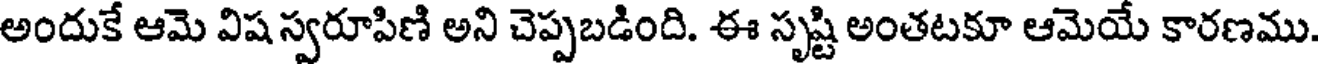
అందుకే ఆమె విష స్వరూపిణి అని చెప్పబడింది. ఈ సృష్టి అంతటకూ ఆమెయే కారణము.